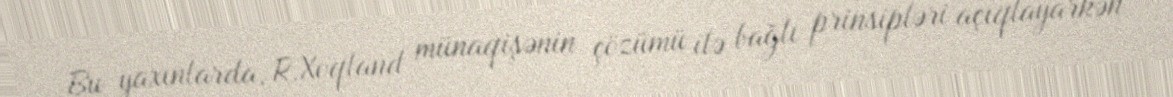
Bu yaxınlarda, R.Xoqland münaqişənin çözümü ilə bağlı prinsipləri açıqlayarkən